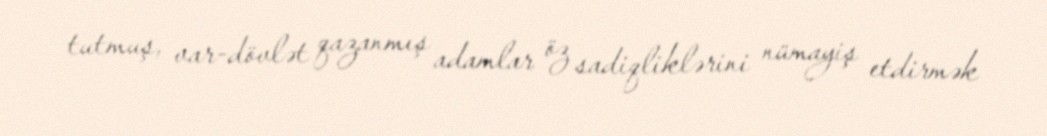
tutmuş, var-dövlət qazanmış adamlar öz sadiqliklərini nümayiş etdirmək